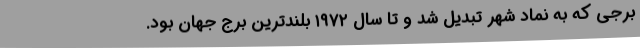
برجی که به نماد شهر تبدیل شد و تا سال ۱۹۷۲ بلند‌ترین برج جهان بود.